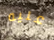
عليه